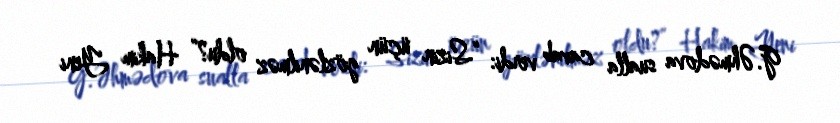
G.Əhmədova sualla cavab verdi: “Sizin üçün gözlənilməz oldu?” Hakim Yeni